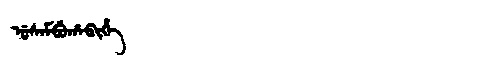
Manchu: ᡠᠰᠠᠮᠪᡠᡥᠠᠪᡳᡥᡝ
Romanization: USAMBUHABIHE